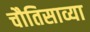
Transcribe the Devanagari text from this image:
चौतिसाव्या